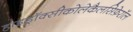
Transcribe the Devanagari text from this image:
हाइड्रॉक्सीकोलेकैलसिफ़ेरॉल